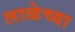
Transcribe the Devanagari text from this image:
लाळेच्या